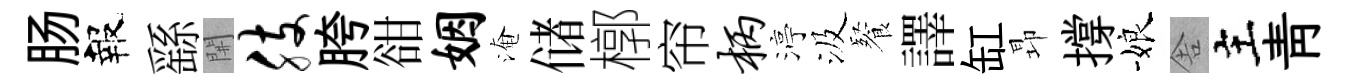
肠報繇𨳩肢胯𧮳姻淹储槨帘柄渟汲餐譯缸昻撐娘舎主靑